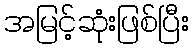
အမြင့်ဆုံးဖြစ်ပြီး